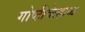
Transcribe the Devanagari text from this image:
गोष्टीवेल्हाळ